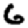
Digit: 6